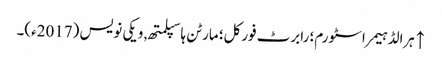
↑ ہرالڈ ہیمر اسٹورم؛ رابرٹ فورکل؛ مارٹن ہاسپلمتھ, ویکی نویس (2017ء)۔